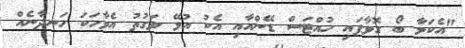
"އެކަމާ ބޯ ގޮވާފައި ހުއްޓަސް ޑޭންއާއި އެކު އުޅޭ ވަގުތު އެވާހަކަ ހަނދާނެއް